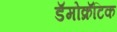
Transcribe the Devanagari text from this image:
डॅमोक्रॅटिक